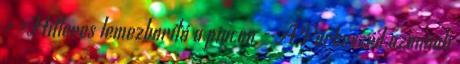
› ›Hitleres lemezborító a piacon - A Párbeszéd azonnali